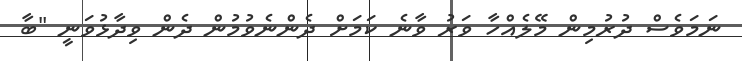
ނަމަވެސް ދުރުމިން މޭލެއްހާ ވަރު ވާނެ ކަމަށް ދެންނެވުމުން ދެން ވިދާޅުވަނީ "ބާ